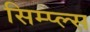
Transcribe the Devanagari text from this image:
सिम्प्ल्स